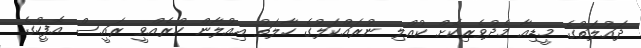
ދައުލަތުގެ މީޑިއާ މެދުވެރިކޮށް ކުއްލި ނުރައްކަލުގެ ހާލަތު އިއުލާން ކުރެއްވީ ރައީސް އޮފީހުގެ